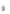
لا